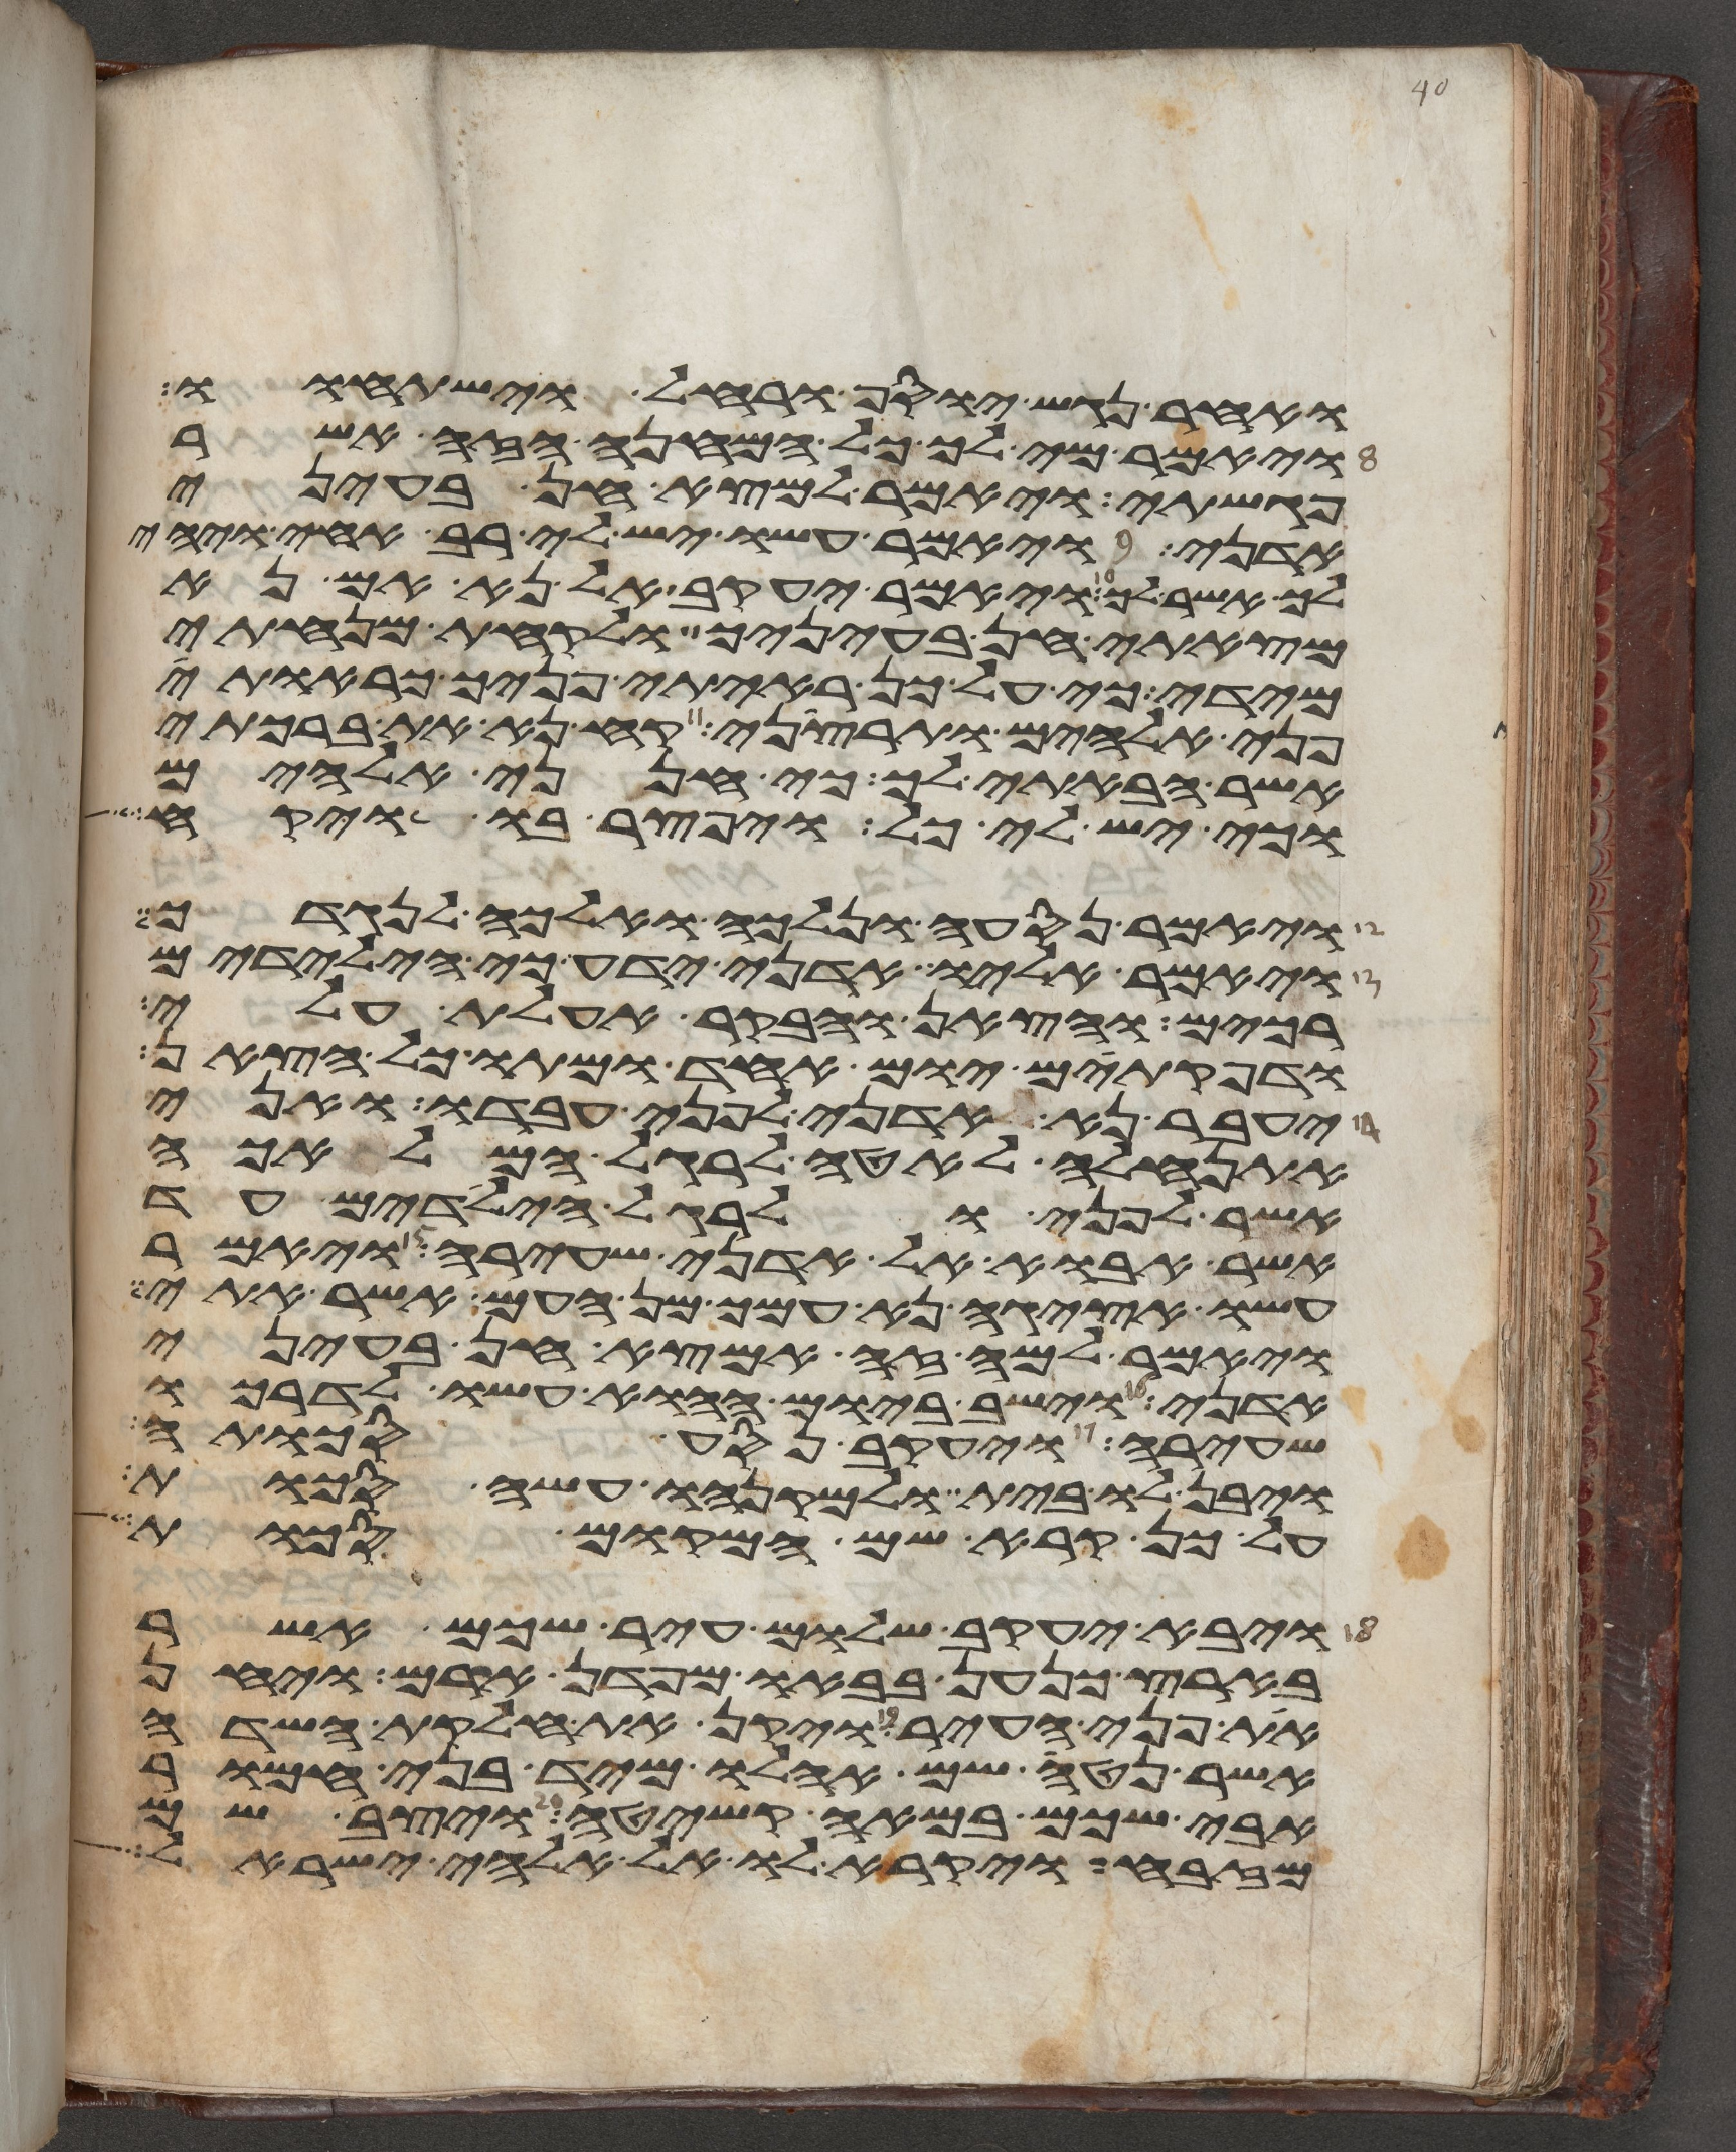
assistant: ואחר נגש יוסף ורחל וישתחוו
ויאמר מי לך כל המחנה הזה אשר
פגשתי ויאמר למצא חן בעיני
אדני ויאמר עשו יש לי רב אחי ויהי
לך אשר לך ויאמר יעקב אל נא אם נא
מצאתי חן בעיניך ולקחת מנחתי
מידי כי על כן ראיתי פניך כראות
פני אלהים ותרצני קח נא את ברכתי
אשר הבאתי לך כי חנני אלהים
וכי יש לי כל ויפצר בו ויקח
ויאמר נסעה ונלכה ואלכה לנגדך
ויאמר אליו אדני ידע כי הילדים
רכים והצאן והבקר אעלת עלי
ודפקתים יום אחד ומתו כל הצאן
יעבר נא אדני לפני עבדו ואני
אתנהלה לאטי לרגל המלאכה
אשר לפני ולרגל הילדים עד
אשר אבוא אל אדני שעירה ויאמר
עשו אציגה נא עמך מן העם אשר אתי
ויאמר למה זה אמצא חן בעיני
אדני וישב ביום ההוא עשו לדרכו
שעירה ויעקב נסע סכותה
ויבן לו בית ולמקנהו עשה סכות
על כן קרא שם המקום סכות
ויבא יעקב שלום עיר שכם אשר
בארץ כנען בבאו מפדן ארם ויחן
את פני העיר ויקן את חלקת השדה
אשר נטה שם אהלו מיד בני חמור
אבי שכם במאה קשיטה ויצב שם
מזבח ויקרא לו אל אלהי ישראל